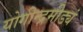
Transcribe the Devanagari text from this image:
योगीन्द्रमीड्यं